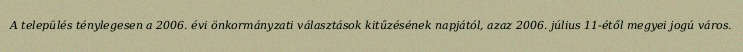
A település ténylegesen a 2006. évi önkormányzati választások kitűzésének napjától, azaz 2006. július 11-étől megyei jogú város.